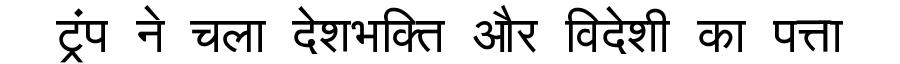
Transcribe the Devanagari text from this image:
ट्रंप ने चला देशभक्ति और विदेशी का पत्ता